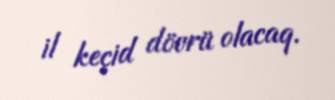
il keçid dövrü olacaq.